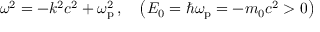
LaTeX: \omega ^ { 2 } = - k ^ { 2 } c ^ { 2 } + \omega _ { \mathrm { p } } ^ { 2 } \, , \quad \left( E _ { 0 } = \hbar \omega _ { \mathrm { p } } = - m _ { 0 } c ^ { 2 } > 0 \right)